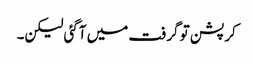
کرپشن تو گرفت میں آگئی لیکن۔